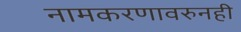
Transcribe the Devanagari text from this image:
नामकरणावरुनही